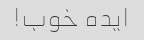
ایده خوب!